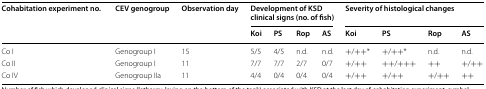
| <ROWSPAN=2> Cohabitation experiment no. | <ROWSPAN=2> CEV genogroup | <ROWSPAN=2> Observation day | <COLSPAN=4> Development of KSD clinical signs (no. of fish) | <COLSPAN=4> Severity of histological changes |
 | Koi | PS | Rop | AS | Koi | PS | Rop | AS |
 | --- | --- | --- | --- | --- | --- | --- | --- | --- | --- | --- |
 | Co I | Genogroup I | 15 | 5/5 | 4/5 | n.d. | n.d. | +/++* | +/++* | n.d. | n.d. |
 | Co II | Genogroup I | 11 | 7/7 | 7/7 | 2/7 | 0/7 | +/++ | ++/+++ | ++ | +/++ |
 | Co IV | Genogroup IIa | 11 | 4/4 | 0/4 | 0/4 | 0/4 | +/++ | +/++ | +/++ | ++ |